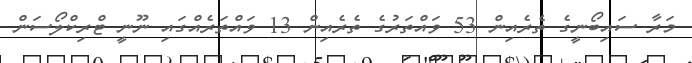
މަރާ ސައިބޯނީގެ ތެރެއިން 53 ވައްތަރުގެ ތެރެއިން 13 ވައްތަރެއްގައި ނޫނީ ޓްރިކްލޯސަން